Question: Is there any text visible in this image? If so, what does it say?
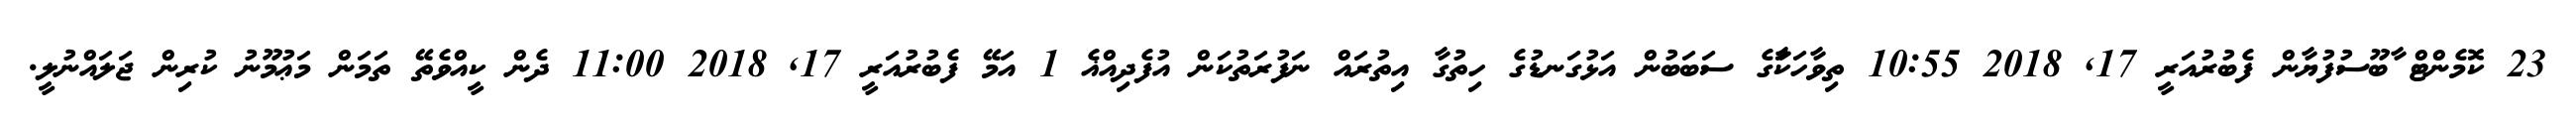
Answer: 23 ކޮމެންޓް ާބޫސުފުޔާން ފެބުރުއަރީ 17, 2018 10:55 ތިވާހަކާަގެ ސަބަބުން އަޅުގަނޑުގެ ހިތުގާ އިތުރައް ނަފުރަތުކަން އުފެދިއްޣެ 1 އަމޭ ފެބުރުއަރީ 17, 2018 11:00 ދެން ކީއްވެތޭ ތަމަން މަޢުމޫނު ކުރިން ޖަލައްނުލީ.